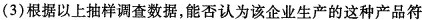
(3)根据以上抽样调查数据，能否认为该企业生产的这种产品符